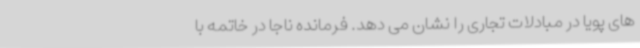
های پویا در مبادلات تجاری را نشان می دهد. فرمانده ناجا در خاتمه با